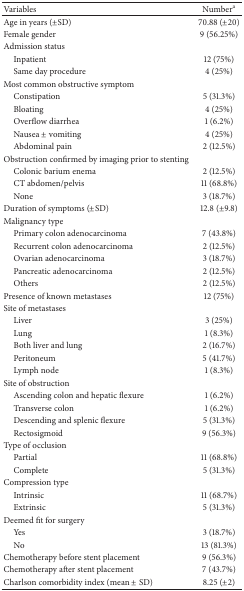
<table><thead><tr><td><b>Variables </b></td><td><b>Number<sup>a</sup></b></td></tr></thead><tbody><tr><td>Age in years (±SD)</td><td>70.88 (±20)</td></tr><tr><td>Female gender </td><td>9 (56.25%)</td></tr><tr><td>Admission status</td><td> </td></tr><tr><td> Inpatient</td><td>12 (75%)</td></tr><tr><td> Same day procedure</td><td>4 (25%)</td></tr><tr><td>Most common obstructive symptom</td><td> </td></tr><tr><td> Constipation</td><td>5 (31.3%)</td></tr><tr><td> Bloating</td><td>4 (25%)</td></tr><tr><td> Overflow diarrhea</td><td>1 (6.2%)</td></tr><tr><td> Nausea ± vomiting</td><td>4 (25%)</td></tr><tr><td> Abdominal pain</td><td>2 (12.5%)</td></tr><tr><td>Obstruction confirmed by imaging prior to stenting</td><td> </td></tr><tr><td> Colonic barium enema</td><td>2 (12.5%)</td></tr><tr><td> CT abdomen/pelvis</td><td>11 (68.8%)</td></tr><tr><td> None</td><td>3 (18.7%)</td></tr><tr><td>Duration of symptoms (±SD)</td><td>12.8 (±9.8)</td></tr><tr><td>Malignancy type</td><td> </td></tr><tr><td> Primary colon adenocarcinoma</td><td>7 (43.8%)</td></tr><tr><td> Recurrent colon adenocarcinoma</td><td>2 (12.5%)</td></tr><tr><td> Ovarian adenocarcinoma</td><td>3 (18.7%)</td></tr><tr><td> Pancreatic adenocarcinoma</td><td>2 (12.5%)</td></tr><tr><td> Others</td><td>2 (12.5%)</td></tr><tr><td>Presence of known metastases</td><td>12 (75%)</td></tr><tr><td>Site of metastases</td><td> </td></tr><tr><td> Liver</td><td>3 (25%)</td></tr><tr><td> Lung</td><td>1 (8.3%)</td></tr><tr><td> Both liver and lung</td><td>2 (16.7%)</td></tr><tr><td> Peritoneum</td><td>5 (41.7%)</td></tr><tr><td> Lymph node</td><td>1 (8.3%)</td></tr><tr><td>Site of obstruction</td><td> </td></tr><tr><td> Ascending colon and hepatic flexure</td><td>1 (6.2%)</td></tr><tr><td> Transverse colon</td><td>1 (6.2%)</td></tr><tr><td> Descending and splenic flexure</td><td>5 (31.3%)</td></tr><tr><td> Rectosigmoid</td><td>9 (56.3%)</td></tr><tr><td>Type of occlusion</td><td> </td></tr><tr><td> Partial</td><td>11 (68.8%)</td></tr><tr><td> Complete</td><td>5 (31.3%)</td></tr><tr><td>Compression type</td><td> </td></tr><tr><td> Intrinsic</td><td>11 (68.7%)</td></tr><tr><td> Extrinsic</td><td>5 (31.3%)</td></tr><tr><td>Deemed fit for surgery </td><td> </td></tr><tr><td> Yes</td><td>3 (18.7%)</td></tr><tr><td> No</td><td>13 (81.3%)</td></tr><tr><td>Chemotherapy before stent placement</td><td>9 (56.3%)</td></tr><tr><td>Chemotherapy after stent placement</td><td>7 (43.7%)</td></tr><tr><td>Charlson comorbidity index (mean ± SD)</td><td>8.25 (±2)</td></tr></tbody></table>